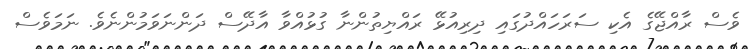
ވެސް ރާއްޖޭގެ އެކި ސަރަހައްދުގައި ދިރިއުޅޭ ރައްޔިތުންނާ ގުޅުއްވާ އާދޭސް ދަންނަވަމުންނެވެ. ނަމަވެސް